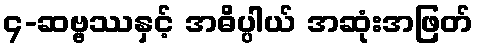
၄-ဆဗ္ဗဿနှင့် အဓိပ္ပါယ် အဆုံးအဖြတ်